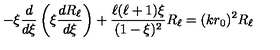
- \xi { \frac { d } { d \xi } } \left( \xi { \frac { d R _ { \ell } } { d \xi } } \right) + { \frac { \ell ( \ell + 1 ) \xi } { ( 1 - \xi ) ^ { 2 } } } R _ { \ell } = ( k r _ { 0 } ) ^ { 2 } R _ { \ell }